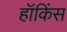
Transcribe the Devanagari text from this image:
हॉकिंस